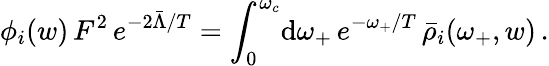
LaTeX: \phi_{i}(w)\, F^{2}\, e^{-2\bar{\Lambda}/T}=\int_{0}^{\omega_{c}}\! \mathrm{d}\omega_{+}\, e^{-\omega_{+}/T}\, \bar{\rho}_{i}(\omega_{+},w)\, .